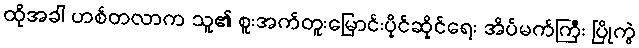
ထိုအခါ ဟစ်တလာက သူ၏ စူးအက်တူးမြောင်းပိုင်ဆိုင်ရေး အိပ်မက်ကြီး ပြိုကွဲ